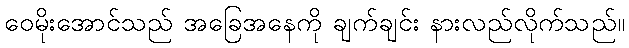
ဝေမိုးအောင်သည် အခြေအနေကို ချက်ချင်း နားလည်လိုက်သည်။